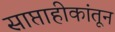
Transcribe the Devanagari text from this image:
साप्ताहीकांतून